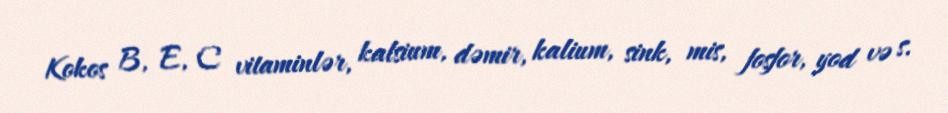
Kokos B, E, C vitaminlər, kalsium, dəmir, kalium, sink, mis, fosfor, yod və s.